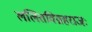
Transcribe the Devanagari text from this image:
ललितविग्रहराजः